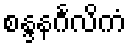
စန္ဒနင်္ဂလိကံ